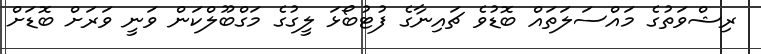
ރިޝްވަތުގެ މައްސަލަތައް ބޮޑުވެ ޗައިނާގެ ފުޓުބޯޅަ ލީގުގެ މަގްބޫލްކަން ވަނީ ވަރަށް ބޮޑަށް